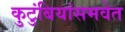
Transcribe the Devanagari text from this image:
कुटुंबियांसमवेत